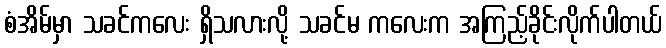
စံအိမ်မှာ သခင်ကလေး ရှိသလားလို့ သခင်မ ကလေးက အကြည့်ခိုင်းလိုက်ပါတယ်